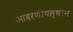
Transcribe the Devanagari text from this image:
आदरणीयस्थान